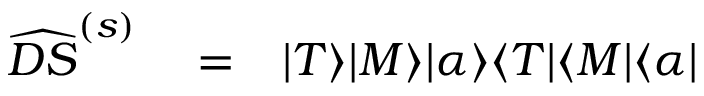
\begin{array} { r l r } { \widehat { D S } ^ { ( s ) } } & { { } = } & { | T \rangle | M \rangle | \alpha \rangle \langle T | \langle M | \langle \alpha | } \end{array}